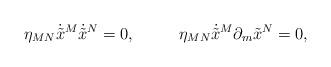
LaTeX: \begin{align*}\eta_{MN}\dot{\tilde{x}}^M\dot{\tilde{x}}^N=0,~~~~~~~~\eta_{MN} \dot{\tilde{x}}^M\partial_{m}{\tilde{x}}^N=0,\end{align*}